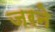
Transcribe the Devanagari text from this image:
जरने